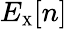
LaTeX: E_{\scriptscriptstyle\mathrm{X}}[n]